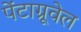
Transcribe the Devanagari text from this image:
पेंटाग्रूवेल